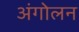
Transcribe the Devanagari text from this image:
अंगोलन